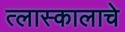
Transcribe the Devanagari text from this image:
त्लास्कालाचे